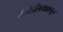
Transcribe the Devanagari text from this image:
पॅम्फेलियाकडून